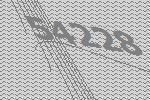
54228